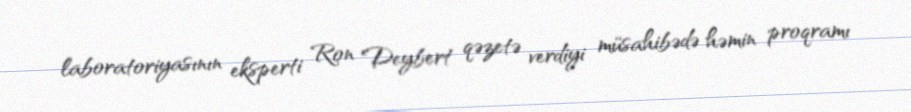
laboratoriyasının eksperti Ron Deybert qəzetə verdiyi müsahibədə həmin proqramı